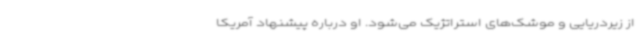
از زیردریایی و موشک‌های استراتژیک می‌شود. او درباره پیشنهاد آمریکا